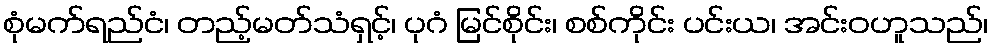
စုံမက်ရည်ငံ၊ တည့်မတ်သံရှင့်၊ ပုဂံ မြင်စိုင်း၊ စစ်ကိုင်း ပင်းယ၊ အင်းဝဟူသည်၊